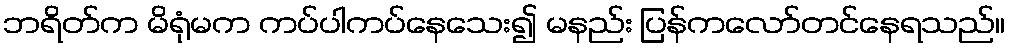
ဘရိတ်က မိရုံမက ကပ်ပါကပ်နေသေး၍ မနည်း ပြန်ကလော်တင်နေရသည်။